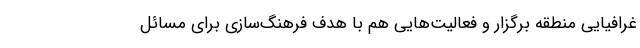
غرافیایی منطقه برگزار و فعالیت‌هایی هم با هدف فرهنگ‌سازی برای مسائل